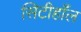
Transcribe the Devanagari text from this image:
सिटीहाँल